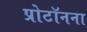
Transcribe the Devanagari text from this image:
प्रोटॉनना